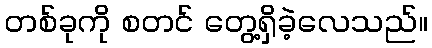
တစ်ခုကို စတင် တွေ့ရှိခဲ့လေသည်။